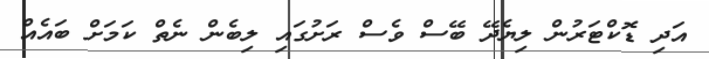
އަދި ޑޮކްޓަރުން ލިޔެދޭ ބޭސް ވެސް ރަށުގައި ލިބެން ނެތް ކަމަށް ބައެއް